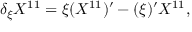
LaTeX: \delta _ { \xi } X ^ { 1 1 } = \xi ( X ^ { 1 1 } ) ^ { \prime } - ( \xi ) ^ { \prime } X ^ { 1 1 } ,